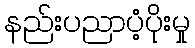
နည်းပညာပံ့ပိုးမှု